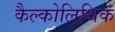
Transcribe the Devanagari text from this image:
कैल्कोलिथिक